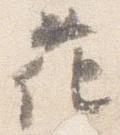
花